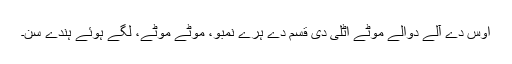
اوس دے آلے دوالے موٹے اٹلی دی قسم دے ہرے نمبو، موٹے موٹے، لگے ہوئے ہُندے سن۔